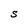
Character: S